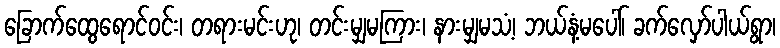
ခြောက်ထွေရောင်ဝင်း၊ တရားမင်းဟု၊ တင်းမျှမကြား၊ နားမျှမသံ့၊ ဘယ်နံ့မပေါ်၊ ခက်လှော်ပါယ်ရွာ၊